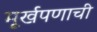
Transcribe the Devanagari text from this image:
मूर्खपणाची